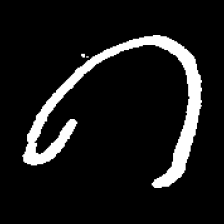
Pyu character \u2014 Myanmar letter: ဂ (romanized: ga)